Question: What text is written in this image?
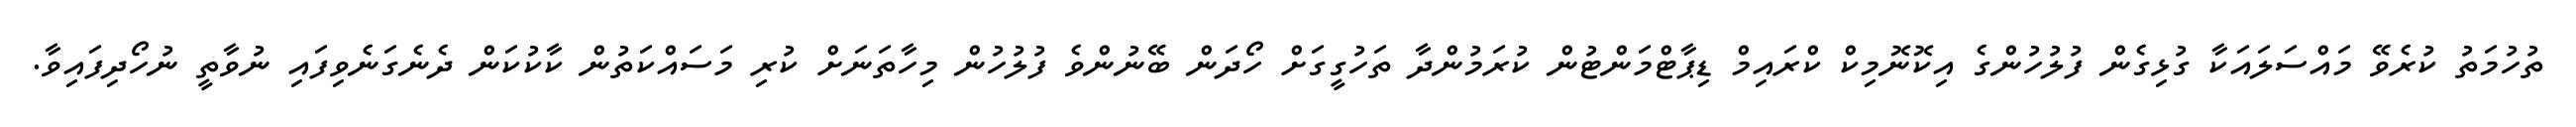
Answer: ތުހުމަތު ކުރެވޭ މައްސަލައަކާ ގުޅިގެން ފުލުހުންގެ އިކޮނޮމިކް ކްރައިމް ޑިޕާޓްމަންޓުން ކުރަމުންދާ ތަހުގީގަށް ހޯދަން ބޭނުންވެ ފުލުހުން މިހާތަނަށް ކުރި މަސައްކަތުން ކާކުކަން ދެނެގަނެވިފައި ނުވާތީ ނުހޯދިފައިވާ.